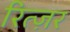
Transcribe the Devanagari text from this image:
रित्ज़र